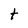
Character: t